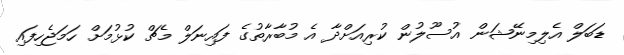
ޑަބަލް އެލިމިނޭޝަން އުސޫލުން ކުރިއަށްދާ އެ މުބާރާތުގެ ފައިނަލް މެޗް ކުޅުމަށް ހަމަޖެހިފައި